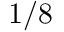
1 / 8